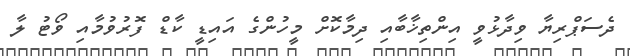
ދެސަޕްރިޔާ ވިދާޅުވީ އިންތިޚާބާއި ދިމާކޮށް މީހުންގެ އައިޑީ ކާޑް ފޮރުވުމާއި ވޯޓު ލާ